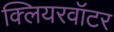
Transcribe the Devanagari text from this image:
क्लियरवॉटर